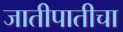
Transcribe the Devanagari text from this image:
जातीपातीचा